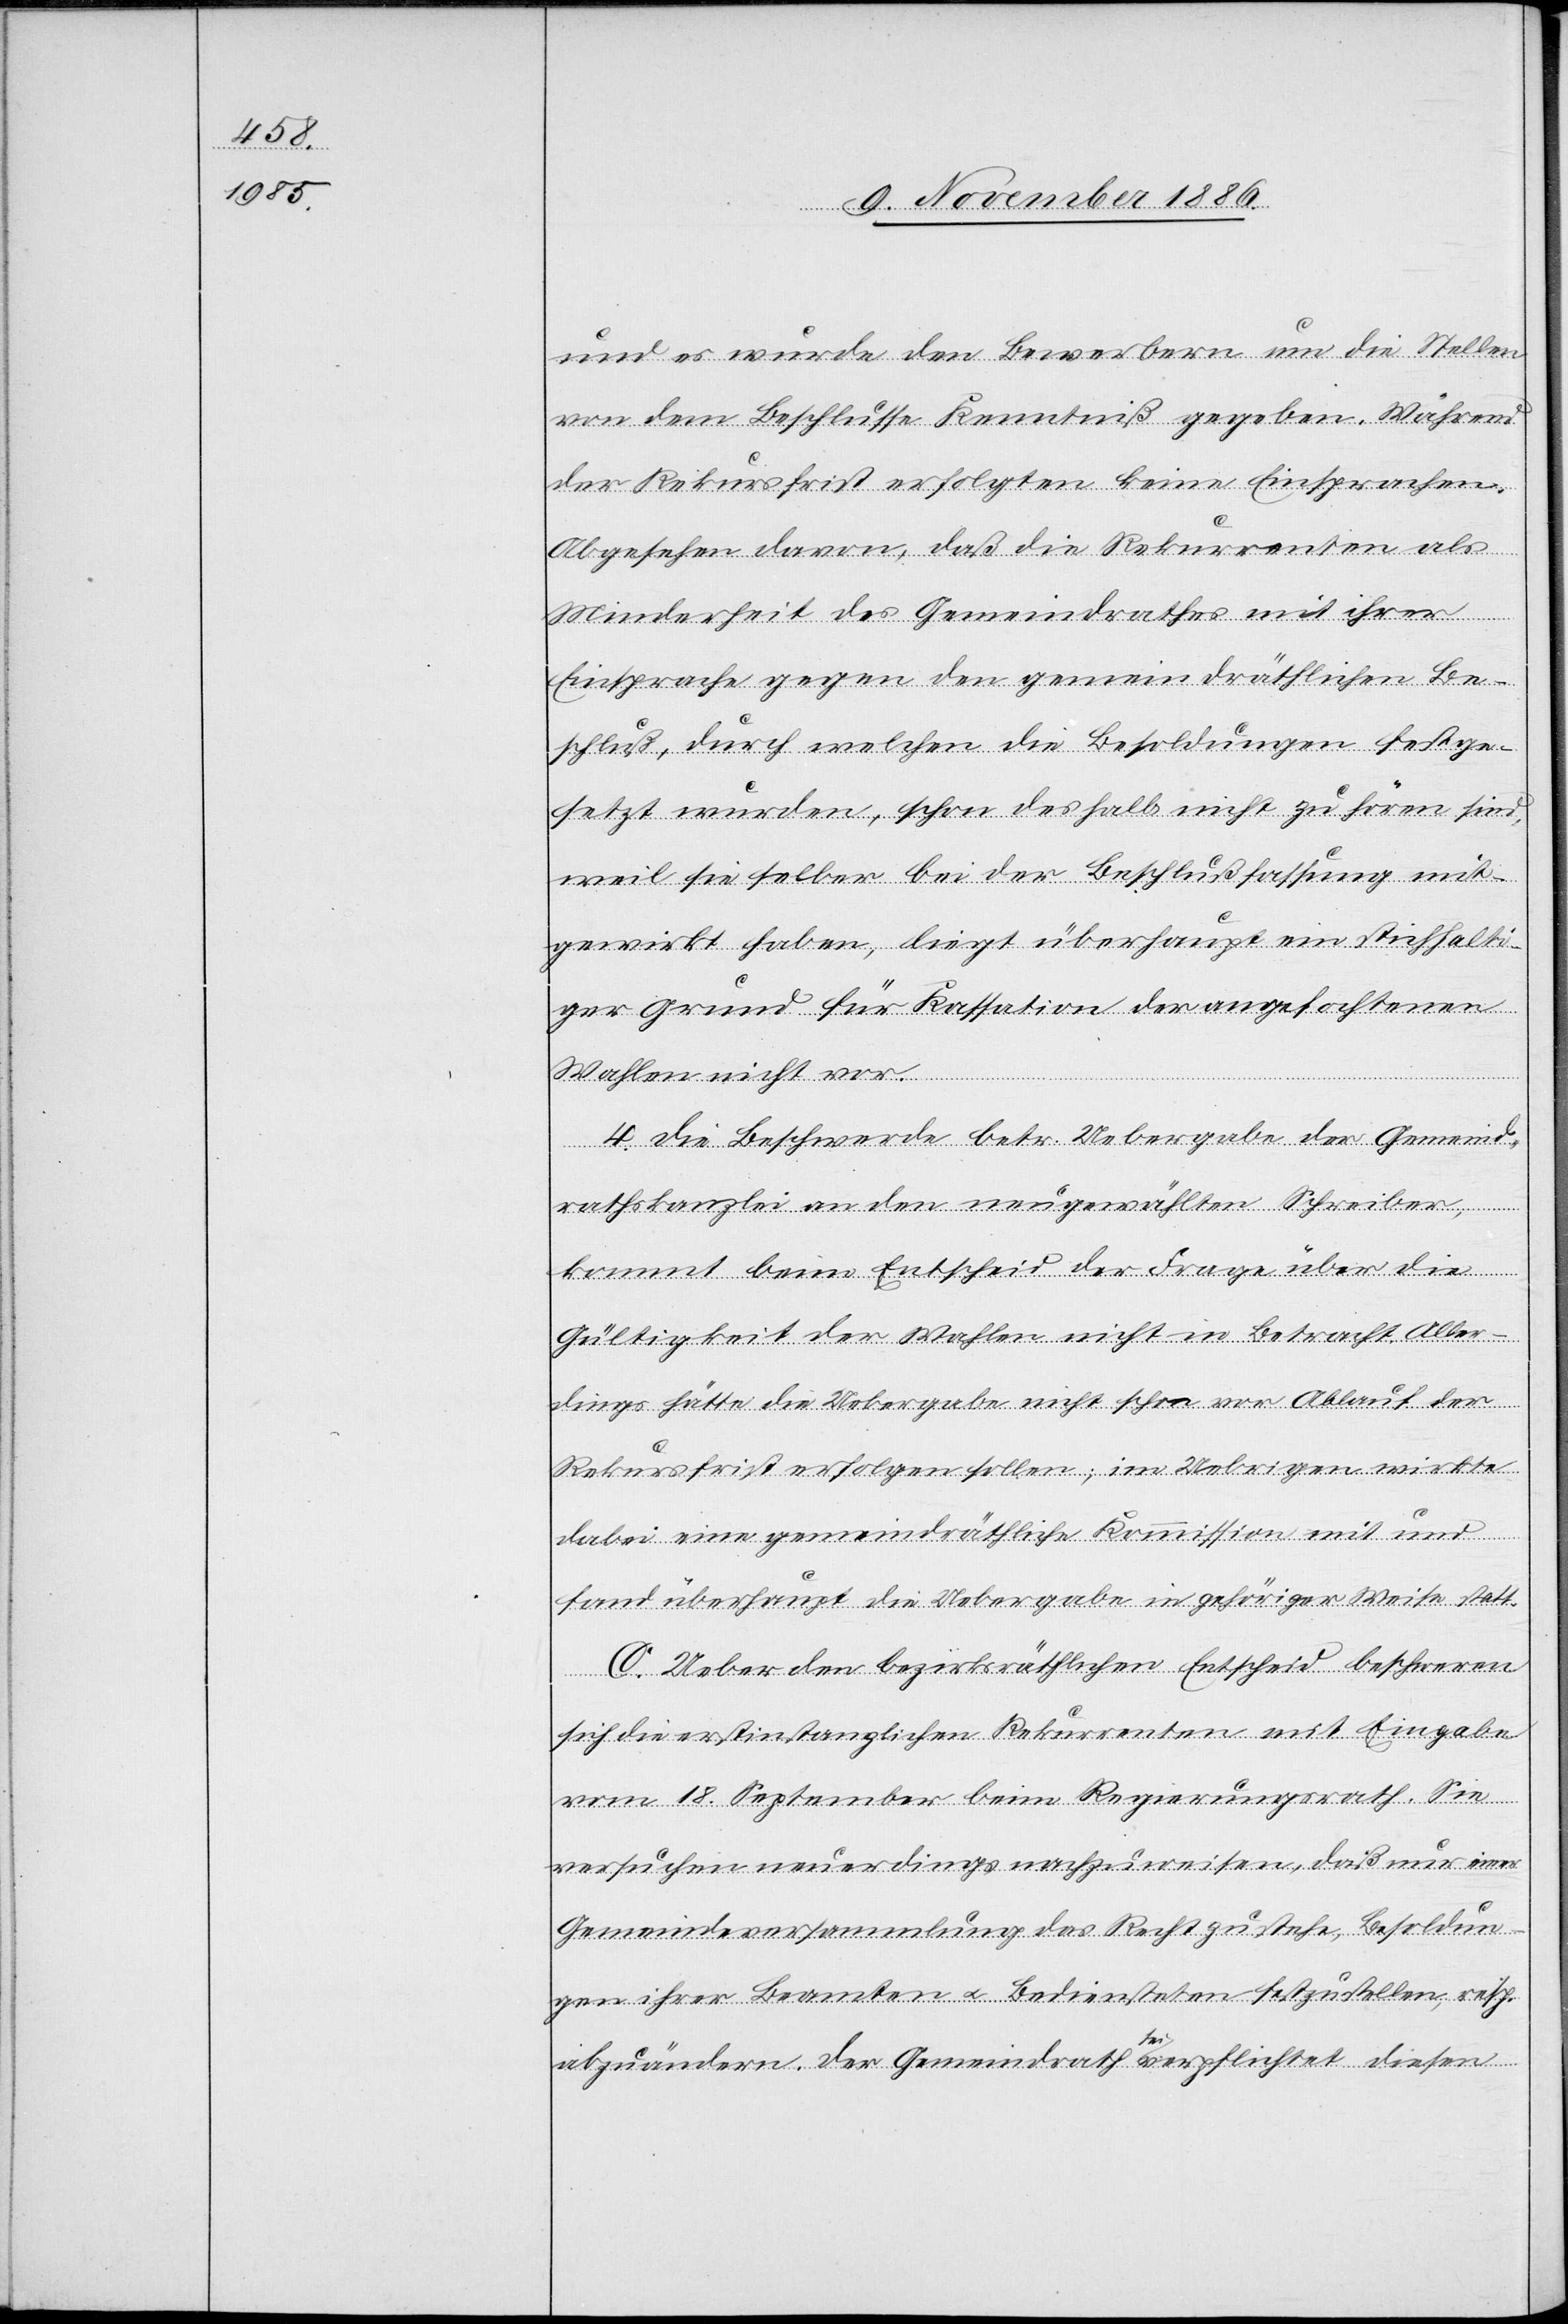
und es wurde den Bewerbern um die Stellen
von dem Beschlusse Kenntniß gegeben. Während
der Rekursfrist erfolgten keine Einsprachen.
Abgesehen davon, daß die Rekurrenten als
Minderheit des Gemeindrathes mit ihrer
Einsprache gegen den gemeindräthlichen Be¬
schluß, durch welchen die Besoldungen festge¬
setzt wurden, schon deshalb nicht zu hören sind,
weil sie selber bei der Beschlußfassung mit¬
gewirkt haben, liegt überhaupt ein stichhalti¬
ger Grund für Kassation der angefochtenen
Wahlen nicht vor.
4. Die Beschwerde betr. Uebergabe der Gemeind¬
rathskanzlei an den neugewählten Schreiber,
kommt beim Entscheid der Frage über die
Gültigkeit der Wahlen nicht in Betracht. Aller¬
dings hätte die Uebergabe nicht schon vor Ablauf der
Rekursfrist erfolgen sollen; im Uebrigen wirkte
dabei eine gemeindräthliche Kommission mit und
fand überhaupt die Uebergabe in gehöriger Weise statt.
C. Ueber den bezirksräthlichen Entscheid beschweren
sich die erstinstanzlichen Rekurrenten mit Eingabe
vom 18. September beim Regierungsrath. Sie
versuchen neuerdings nachzuwiesen, daß nur einer
Gemeindeversammlung das Recht zustehe, Besoldun¬
gen ihrer Beamten & Bediensteten festzustellen, resp.
abzuändern. Der Gemeindrath sei verpflichtet diesen